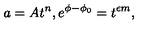
a = A t ^ { n } , e ^ { \phi - \phi _ { 0 } } = t ^ { \epsilon m } ,